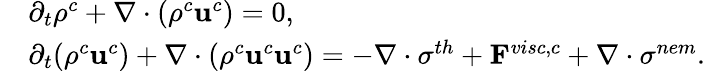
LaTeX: \begin{array}{rl}&{\partial_{t}\rho^{c}+\mathbf{\nabla}\cdot(\rho^{c}\mathbf{u}^{c})=0,}\\ &{\partial_{t}(\rho^{c}\mathbf{u}^{c})+\mathbf{\nabla}\cdot(\rho^{c}\mathbf{u}^{c}\mathbf{u}^{c})=-\mathbf{\nabla}\cdot\sigma^{th}+\mathbf{F}^{visc,c}+\mathbf{\nabla}\cdot\sigma^{nem}.}\end{array}